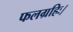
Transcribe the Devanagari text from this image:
फलग्रहिः।